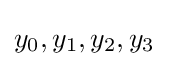
y_{0},y_{1},y_{2},y_{3}